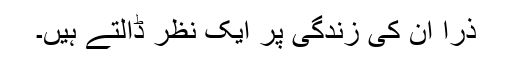
ذرا ان کی زندگی پر ایک نظر ڈالتے ہیں۔